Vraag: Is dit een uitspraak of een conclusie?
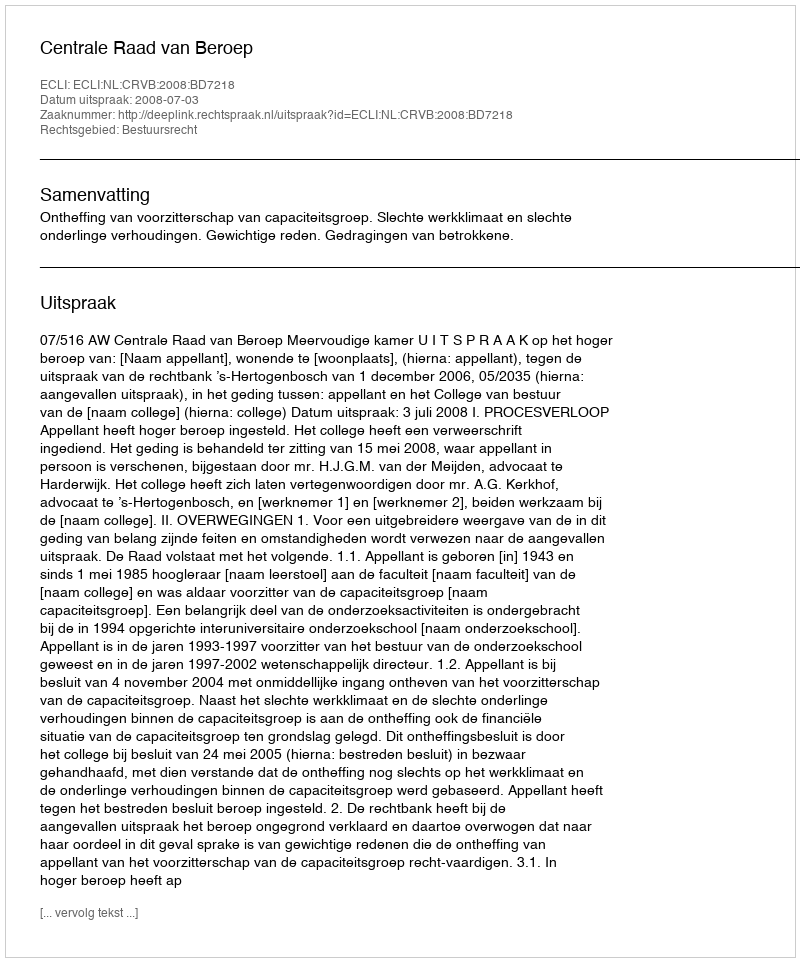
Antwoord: Uitspraak